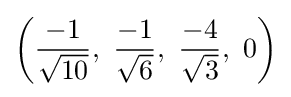
\left({\frac {-1}{\sqrt {10}}},\ {\frac {-1}{\sqrt {6}}},\ {\frac {-4}{\sqrt {3}}},\ 0\right)